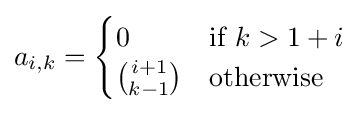
a_{i,k}={\begin{cases}0&{\text{if }}k>1+i\\{i+1 \choose k-1}&{\text{otherwise}}\end{cases}}